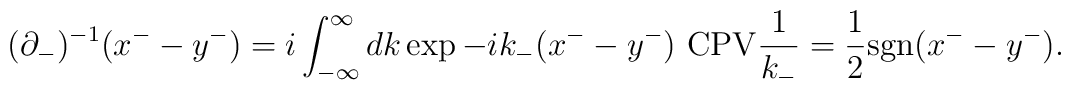
(\partial_{-} )^{-1}(x^{-}- y^{-}) = i \int_{-\infty}^{\infty}dk \exp{-i k_{-} (x^{-}- y^{-})} \ {\rm \large CPV }\frac{1}{k_{-}} = \frac 1 2 {\rm sgn}(x^{-} - y^{-}).